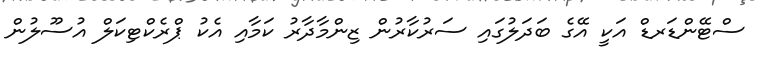
ސްޓޭންޑަރޑް އަކީ އޭގެ ބަދަލުގައި ސަރުކާރުން ޒިންމާދާރު ކަމާއި އެކު ޕްރެކްޓިކަލް އުސޫލުން